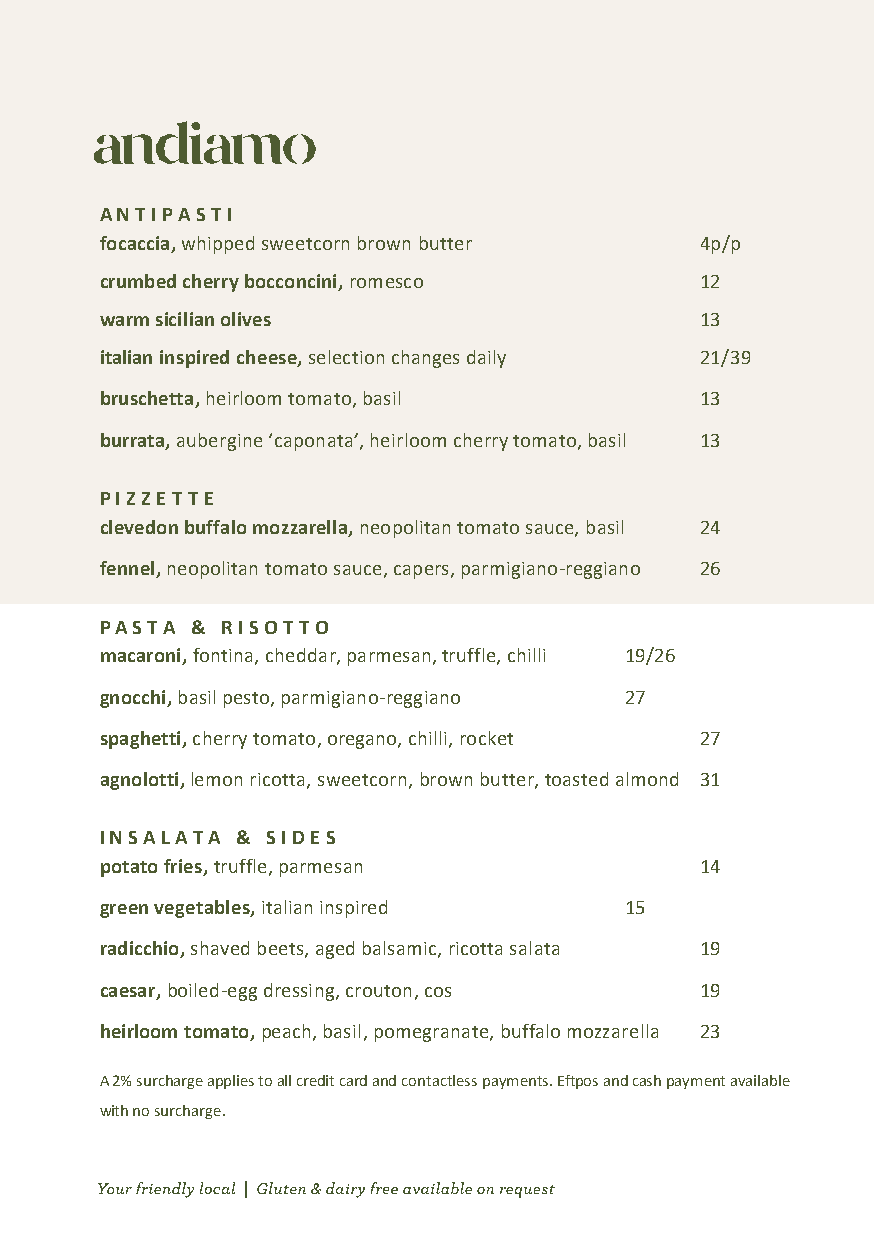
ANTIPASTI
 focaccia, whipped sweetcorn brown butter 4p/p
 crumbed cherry bocconcini, romesco     12
 warm sicilian olives                   13
 italian inspired cheese, selection changes daily 21/39
 bruschetta, heirloom tomato, basil     13
 burrata, aubergine ‘caponata’, heirloom cherry tomato, basil 13
 PIZZETTE
 clevedon buffalo mozzarella, neopolitan tomato sauce, basil 24
 fennel, neopolitan tomato sauce, capers, parmigiano-reggiano 26
 PASTA & RISOTTO
 macaroni, fontina, cheddar, parmesan, truffle, chilli 19/26
 gnocchi, basil pesto, parmigiano-reggiano 27
 spaghetti, cherry tomato, oregano, chilli, rocket 27
 agnolotti, lemon ricotta, sweetcorn, brown butter, toasted almond 31
 INSALATA & SIDES
 potato fries, truffle, parmesan        14
 green vegetables, italian inspired 15
 radicchio, shaved beets, aged balsamic, ricotta salata 19
 caesar, boiled-egg dressing, crouton, cos 19
 heirloom tomato, peach, basil, pomegranate, buffalo mozzarella 23
 A 2% surcharge applies to all credit card and contactless payments. Eftpos and cash payment available
 with no surcharge.